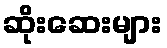
ဆိုးဆေးများ